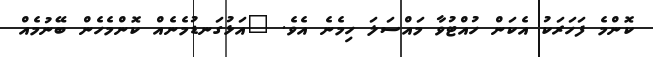
ކޮންމެ ފަހަރަކު އެކަން ހުއްޓުވާ މައްސަލަ ހިމެނެ އެވެ. "އަޅުގަނޑުމެނެއް ކޮންމެހެން ބޭނުމެއް